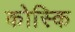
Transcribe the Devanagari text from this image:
कोस्कि